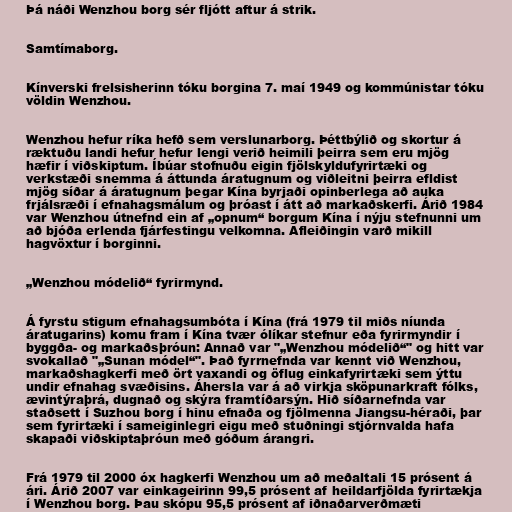
Þá náði Wenzhou borg sér fljótt aftur á strik.

Samtímaborg.

Kínverski frelsisherinn tóku borgina 7. maí 1949 og kommúnistar tóku
völdin Wenzhou.

Wenzhou hefur ríka hefð sem verslunarborg. Þéttbýlið og skortur á
ræktuðu landi hefur hefur lengi verið heimili þeirra sem eru mjög
hæfir í viðskiptum. Íbúar stofnuðu eigin fjölskyldufyrirtæki og
verkstæði snemma á áttunda áratugnum og viðleitni þeirra efldist
mjög síðar á áratugnum þegar Kína byrjaði opinberlega að auka
frjálsræði í efnahagsmálum og þróast í átt að markaðskerfi. Árið 1984
var Wenzhou útnefnd ein af „opnum“ borgum Kína í nýju stefnunni um
að bjóða erlenda fjárfestingu velkomna. Afleiðingin varð mikill
hagvöxtur í borginni.

„Wenzhou módelið“ fyrirmynd.

Á fyrstu stigum efnahagsumbóta í Kína (frá 1979 til miðs níunda
áratugarins) komu fram í Kína tvær ólíkar stefnur eða fyrirmyndir í
byggða- og markaðsþróun: Annað var "„Wenzhou módelið“" og hitt var
svokallað "„Sunan módel“". Það fyrrnefnda var kennt við Wenzhou,
markaðshagkerfi með ört vaxandi og öflug einkafyrirtæki sem ýttu
undir efnahag svæðisins. Áhersla var á að virkja sköpunarkraft fólks,
ævintýraþrá, dugnað og skýra framtíðarsýn. Hið síðarnefnda var
staðsett í Suzhou borg í hinu efnaða og fjölmenna Jiangsu-héraði, þar
sem fyrirtæki í sameiginlegri eigu með stuðningi stjórnvalda hafa
skapaði viðskiptaþróun með góðum árangri.

Frá 1979 til 2000 óx hagkerfi Wenzhou um að meðaltali 15 prósent á
ári. Árið 2007 var einkageirinn 99,5 prósent af heildarfjölda fyrirtækja
í Wenzhou borg. Þau skópu 95,5 prósent af iðnaðarverðmæti